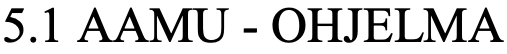
5.1 AAMU - OHJELMA